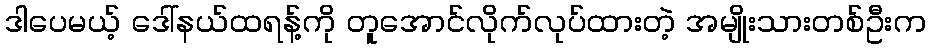
ဒါပေမယ့် ဒေါ်နယ်ထရန့်ကို တူအောင်လိုက်လုပ်ထားတဲ့ အမျိုးသားတစ်ဦးက